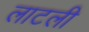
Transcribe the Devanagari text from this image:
लाटली